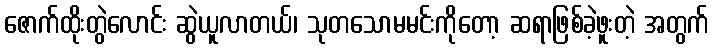
ဇောက်ထိုးတွဲလောင်း ဆွဲယူလာတယ်၊ သုတသောမမင်းကိုတော့ ဆရာဖြစ်ခဲ့ဖူးတဲ့ အတွက်